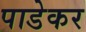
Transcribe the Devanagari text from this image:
पाडेकर